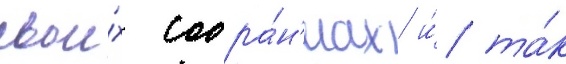
свои́х собра́н'иах и́ та́к